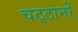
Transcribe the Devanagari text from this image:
चट्‌टानों